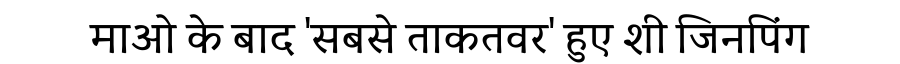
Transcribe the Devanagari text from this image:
माओ के बाद 'सबसे ताकतवर' हुए शी जिनपिंग